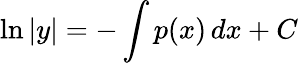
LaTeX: \ln|y|=-\int p(x)\, dx+C